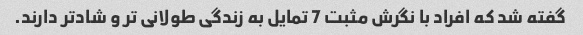
گفته شد که افراد با نگرش مثبت 7 تمایل به زندگی طولانی تر و شادتر دارند.